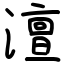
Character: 澶